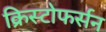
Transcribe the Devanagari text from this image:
क्रिस्टोफर्सन